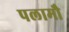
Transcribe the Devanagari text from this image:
पलामौ